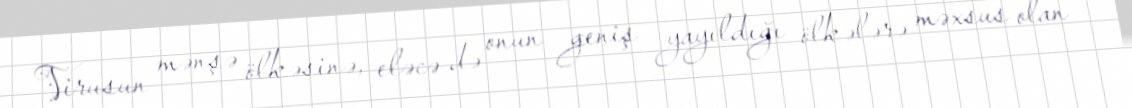
Virusun mənşə ölkəsinə, eləcə də onun geniş yayıldığı ölkələrə məxsus olan